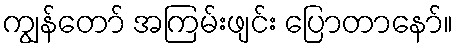
ကျွန်တော် အကြမ်းဖျင်း ပြောတာနော်။